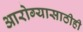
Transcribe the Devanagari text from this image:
आरोग्यासाठीही